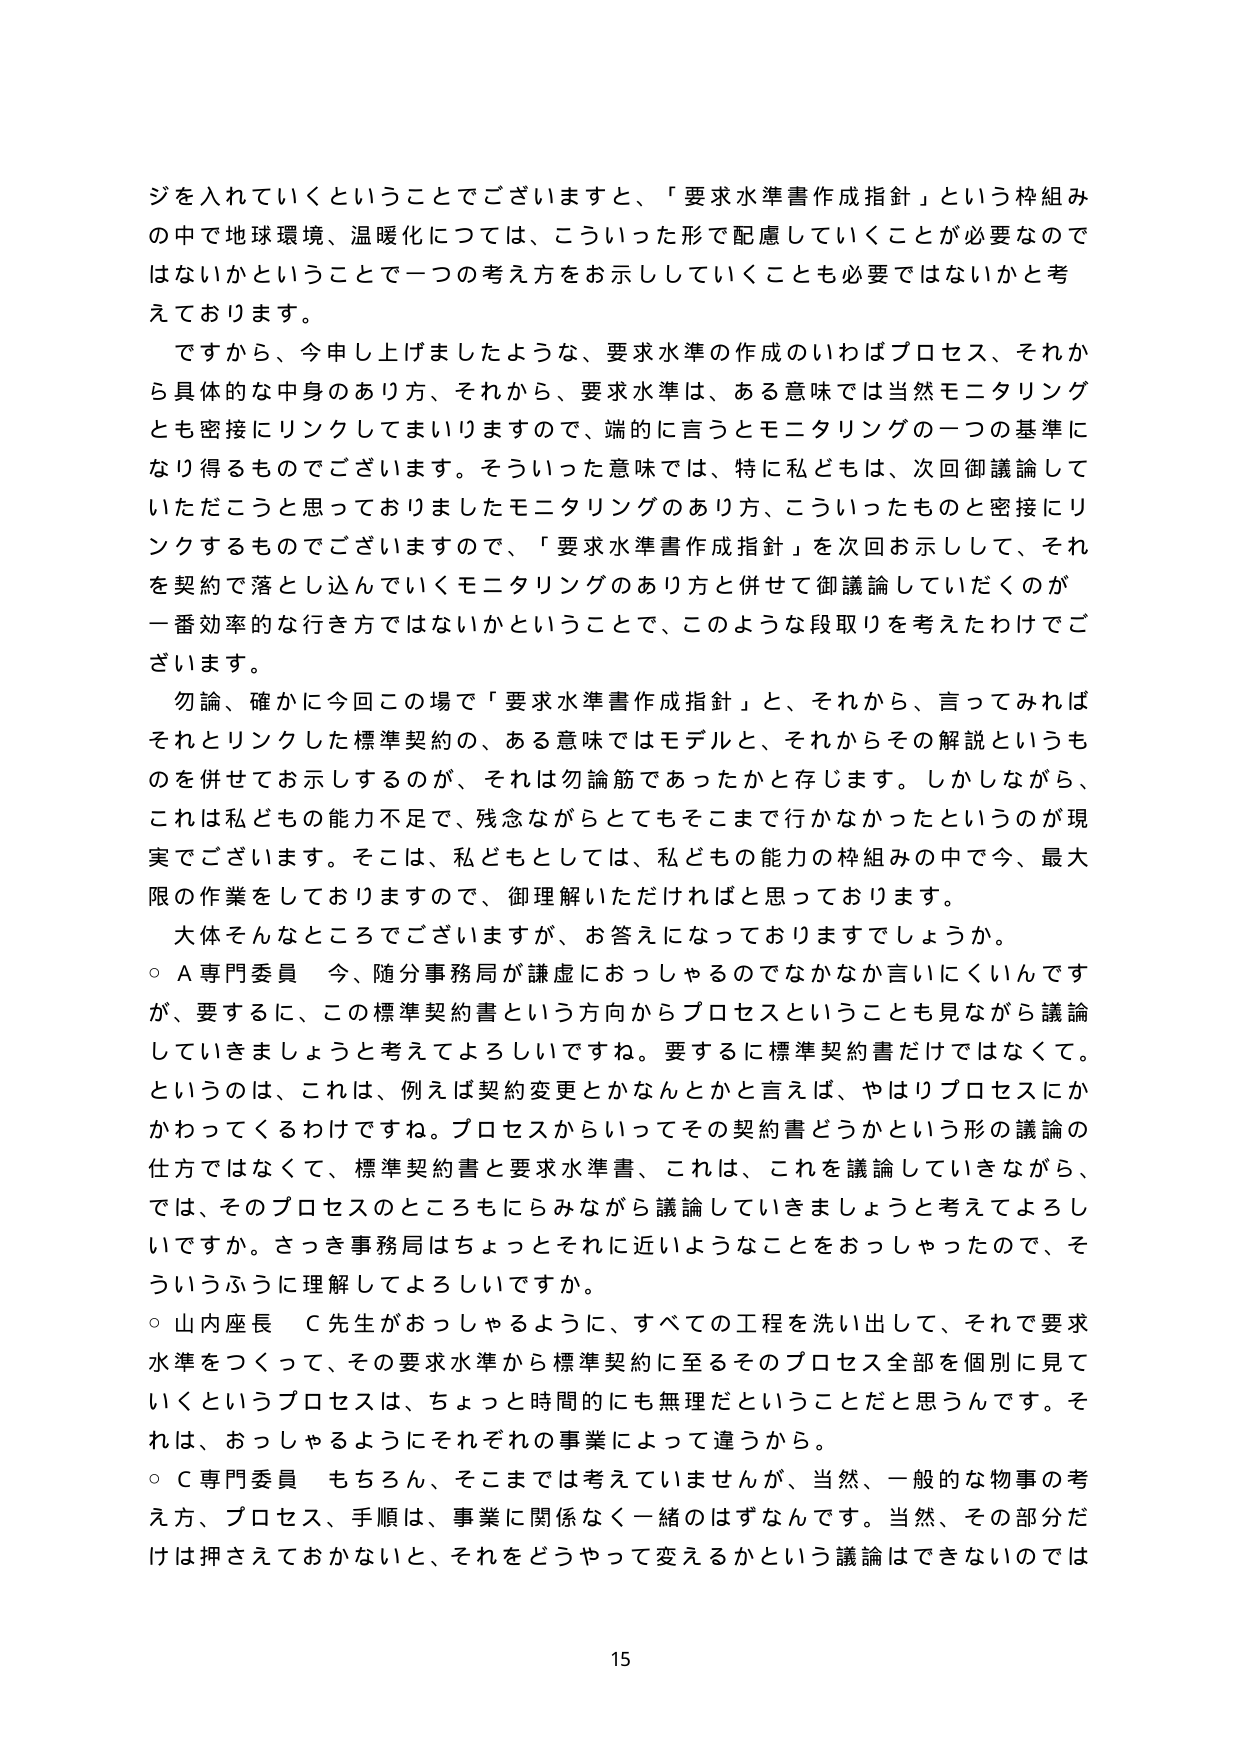
ジを入れていくということでございますと、「要求水準書作成指針」という枠組みの中で地球環境、温暖化については、こういった形で配慮していくことが必要ではないかということで一つの考え方をお示ししていくことも必要ではないかと考えております。

ですから、今申し上げましたような、要求水準の作成のいわばプロセス、それから具体的な中身のあり方、それから、要求水準は、ある意味では当然モニタリングとも密接にリンクしてまいりますので、端的に言うとモニタリングの一つの基準になり得るものでございます。そういった意味では、特に私どもは、次回御議論していただくことと思っておりましたモニタリングのあり方、こういったものと密接にリンクするものでございますので、「要求水準書作成指針」を次回お示しして、それを契約で落とし込んでいくモニタリングのあり方と併せて御議論していただくのが一番効率的な行き方ではないかということで、このような段取りを考えたわけでございます。

勿論、確かに今回この場で「要求水準書作成指針」と、それから、言ってみればそれとリンクした標準契約の、ある意味ではモデルと、それからその解説というものを併せてお示しするのが、それは勿論筋であったかと存じます。しかしながら、これは私どもの能力不足で、残念ながらとてもそこまで行かなかったというのが現実でございます。そこは、私どもとしては、私どもの能力の枠組みの中で今、最大限の作業をしておりますので、御理解いただければと思っております。

大体そんなところでございますが、お答えになっておりますでしょうか。

○ A専門委員 今、随分事務局が謙虚におっしゃるのでなかなか言いにくいんですが、要するに、この標準契約書という方向からプロセスということも見ながら議論していきましょうと考えてよろしいですね。要するに標準契約書だけではなくて。というのは、これは、例えば契約変更とかなんとかと言えば、やはりプロセスにかかわってくるわけですね。プロセスからいってその契約書どうかという形の議論の仕方ではなくて、標準契約書と要求水準書、これは、これを議論していきながら、では、そのプロセスのところもにらみながら議論していきましょうと考えてよろしいですか。さっき事務局はちょっとそれに近いようなことをおっしゃったので、そういうふうに理解してよろしいですか。

○ 山内座長 C先生がおっしゃるように、すべての工程を洗い出して、それで要求水準をつくって、その要求水準から標準契約に至るそのプロセス全部を個別に見ていくというプロセスは、ちょっと時間的にも無理だということだと思うんです。それは、おっしゃるようにそれぞれの事業によって違うから。

○ C専門委員 もちろん、そこまでは考えていませんが、当然、一般的な物事の考え方、プロセス、手順は、事業に関係なく一緒のはずなんです。当然、その部分だけは押さえておかないと、それをどうやって変えるかという議論はできないのでは

15